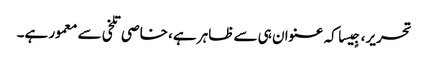
تحریر، جٍیسا کہ عنوان ہی سے ظاہر ہے، خاصی تلخی سے معمور ہے۔